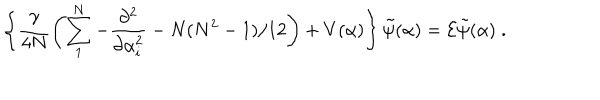
LaTeX: \left\{ \frac { \gamma } { 4 N } \left( \sum _ { 1 } ^ { N } - \frac { \partial ^ { 2 } } { \partial \alpha _ { i } ^ { 2 } } - N ( N ^ { 2 } - 1 ) / 1 2 \right) + V ( \alpha ) \right\} \tilde { \psi } ( \alpha ) = { \cal E } \tilde { \psi } ( \alpha ) \; .